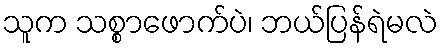
သူက သစ္စာဖောက်ပဲ၊ ဘယ်ပြန်ရဲမလဲ